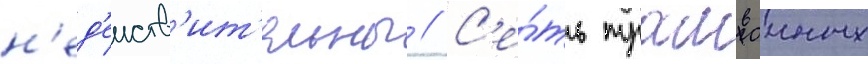
н'ед'еиств'ит'ельны // С'е́ть трамваиных